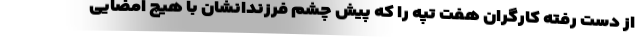
از دست رفته کارگران هفت تپه را که پیش چشم فرزندانشان با هیچ امضایی